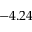
- 4 . 2 4